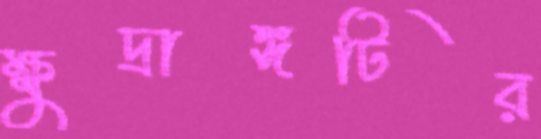
ক্ষুদ্রাঙ্গটির